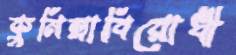
কুমিল্লাবিরোধী